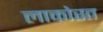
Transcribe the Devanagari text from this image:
लाकोस्त